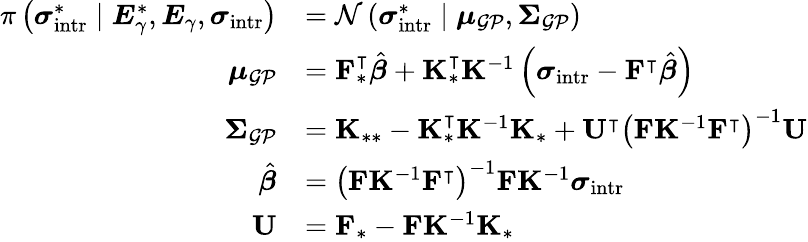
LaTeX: \begin{array}{rl}{\pi\left(\boldsymbol{\sigma}_{\mathrm{intr}}^{\ast}\mid\boldsymbol{E}_{\gamma}^{\ast},\boldsymbol{E}_{\gamma},\boldsymbol{\sigma}_{\mathrm{intr}}\right)}&{=\mathcal{N}\left(\boldsymbol{\sigma}_{\mathrm{intr}}^{\ast}\mid\boldsymbol{\mu}_{\mathcal{GP}},\boldsymbol{\Sigma}_{\mathcal{GP}}\right)}\\ {\boldsymbol{\mu}_{\mathcal{GP}}}&{=\mathbf{F}_{\ast}^{\intercal}\hat{\boldsymbol{\beta}}+\mathbf{K}_{\ast}^{\intercal}\mathbf{K}^{-1}\left(\boldsymbol{\sigma}_{\mathrm{intr}}-\mathbf{F}^{\intercal}\hat{\boldsymbol{\beta}}\right)}\\ {\boldsymbol{\Sigma}_{\mathcal{GP}}}&{=\mathbf{K}_{\ast\ast}-\mathbf{K}_{\ast}^{\intercal}\mathbf{K}^{-1}\mathbf{K}_{\ast}+\mathbf{U}^{\intercal}\left(\mathbf{F}\mathbf{K}^{-1}\mathbf{F}^{\intercal}\right)^{-1}\mathbf{U}}\\ {\hat{\boldsymbol{\beta}}}&{=\left(\mathbf{F}\mathbf{K}^{-1}\mathbf{F}^{\intercal}\right)^{-1}\mathbf{F}\mathbf{K}^{-1}\boldsymbol{\sigma}_{\mathrm{intr}}}\\ {\mathbf{U}}&{=\mathbf{F}_{\ast}-\mathbf{F}\mathbf{K}^{-1}\mathbf{K}_{\ast}}\end{array}